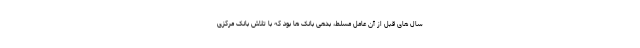
سال های قبل از آن عامل مسلط، بدهی بانک ها بود که با تلاش بانک مرکزی